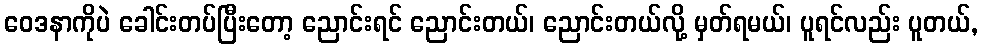
ဝေဒနာကိုပဲ ခေါင်းတပ်ပြီးတော့ ညောင်းရင် ညောင်းတယ်၊ ညောင်းတယ်လို့ မှတ်ရမယ်၊ ပူရင်လည်း ပူတယ်,